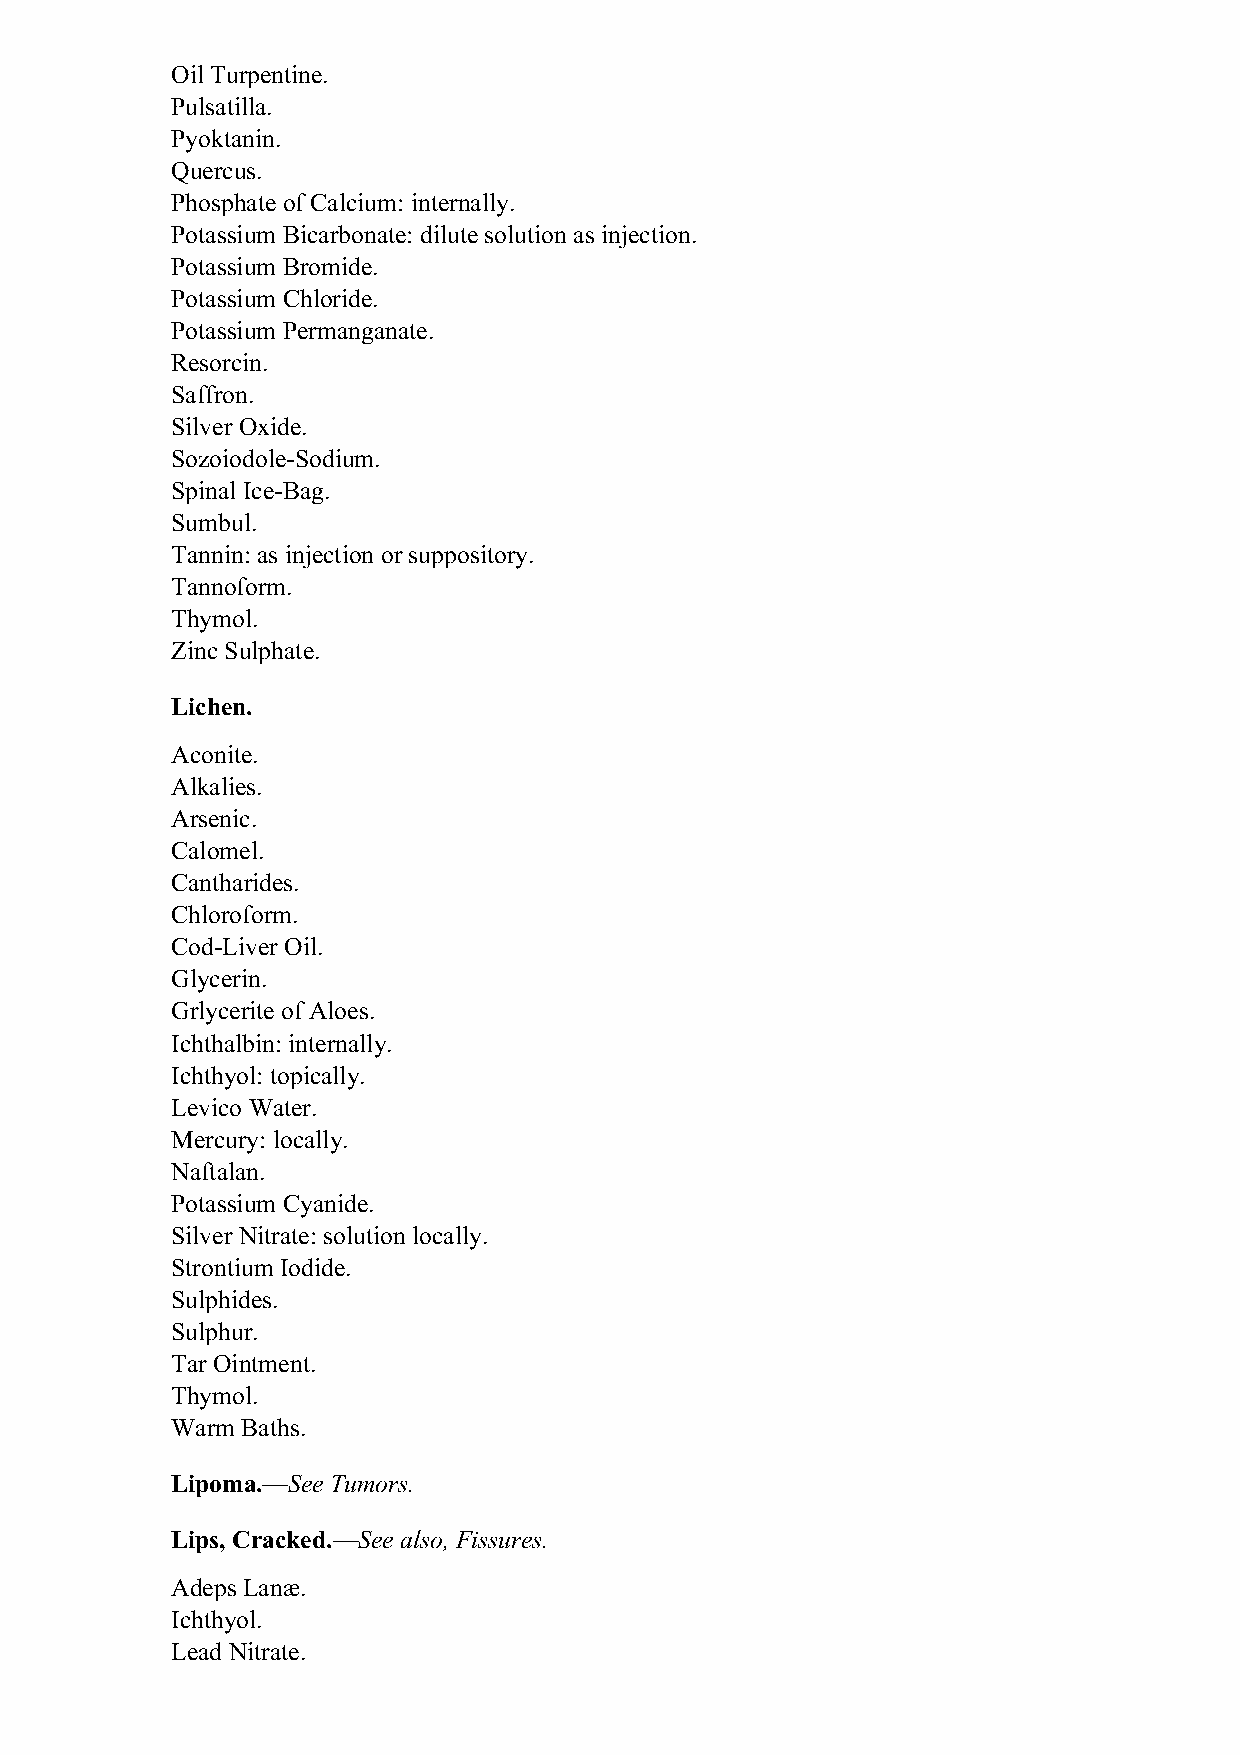
Oil Turpentine.
 Pulsatilla.
 Pyoktanin.
 Quercus.
 Phosphate of Calcium: internally.
 Potassium Bicarbonate: dilute solution as injection.
 Potassium Bromide.
 Potassium Chloride.
 Potassium Permanganate.
 Resorcin.
 Saffron.
 Silver Oxide.
 Sozoiodole-Sodium.
 Spinal Ice-Bag.
 Sumbul.
 Tannin: as injection or suppository.
 Tannoform.
 Thymol.
 Zinc Sulphate.
 Lichen.
 Aconite.
 Alkalies.
 Arsenic.
 Calomel.
 Cantharides.
 Chloroform.
 Cod-Liver Oil.
 Glycerin.
 Grlycerite of Aloes.
 Ichthalbin: internally.
 Ichthyol: topically.
 Levico Water.
 Mercury: locally.
 Naftalan.
 Potassium Cyanide.
 Silver Nitrate: solution locally.
 Strontium Iodide.
 Sulphides.
 Sulphur.
 Tar Ointment.
 Thymol.
 Warm Baths.
 Lipoma.—See Tumors.
 Lips, Cracked.—See also, Fissures.
 Adeps Lanæ.
 Ichthyol.
 Lead Nitrate.